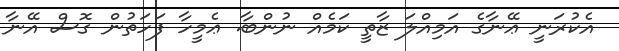
އެކުރަނީ ޢޭނާގެ އަމިއްލަ ޒާތީ ކަމެއް ނުންބާ. ޢެމީހާ ފަހަތުން ގޮސް އޭނާ